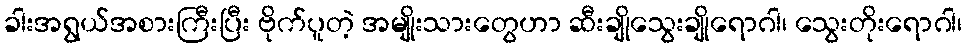
ခါးအရွယ်အစားကြီးပြီး ဗိုက်ပူတဲ့ အမျိုးသားတွေဟာ ဆီးချိုသွေးချိုရောဂါ၊ သွေးတိုးရောဂါ၊